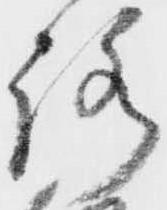
路